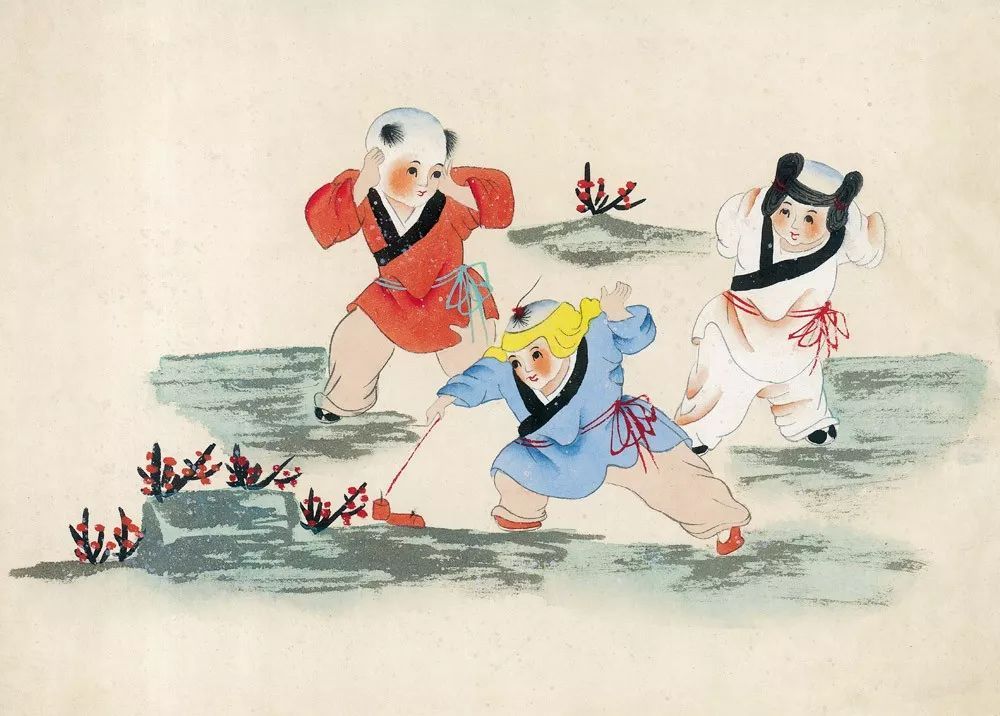
不求见面惟通谒，名纸朝来满敝庐。